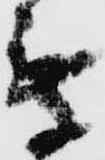
乗